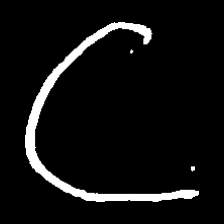
Pyu character \u2014 Myanmar letter: ဋ (romanized: tta)